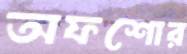
অফশোর